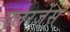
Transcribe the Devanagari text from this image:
एलरजेंस